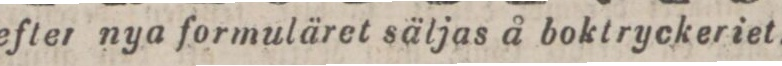
efter nya formuläret säljas å boktryckeriet.